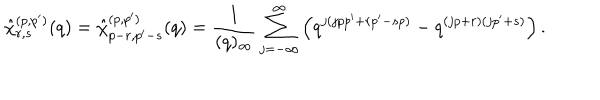
LaTeX: \hat { \chi } _ { r , s } ^ { ( p , p ^ { \prime } ) } ( q ) = \hat { \chi } _ { p - r , p ^ { \prime } - s } ^ { ( p , p ^ { \prime } ) } ( q ) = \frac { 1 } { ( q ) _ { \infty } } \sum _ { j = - \infty } ^ { \infty } \left( q ^ { j ( j p p ^ { \prime } + r p ^ { \prime } - s p ) } - q ^ { ( j p + r ) ( j p ^ { \prime } + s ) } \right) .